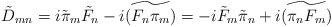
LaTeX: \begin{align*}\tilde{D}_{mn} = i \tilde{\pi}_{m} \tilde{F}_{n} - i \widetilde{(F_{n}\pi_{m})} = -i \tilde{F}_{m} \tilde{\pi}_{n} +i \widetilde{(\pi_{n} F_{m})} \end{align*}